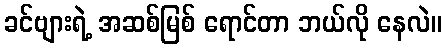
ခင်ဗျားရဲ့ အဆစ်မြစ် ရောင်တာ ဘယ်လို နေလဲ။